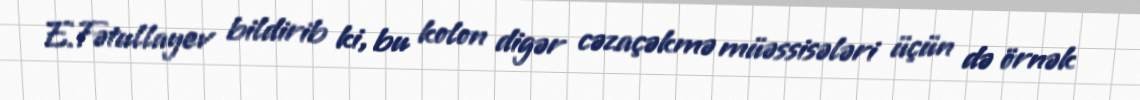
E.Fətullayev bildirib ki, bu kolon digər cəzaçəkmə müəssisələri üçün də örnək